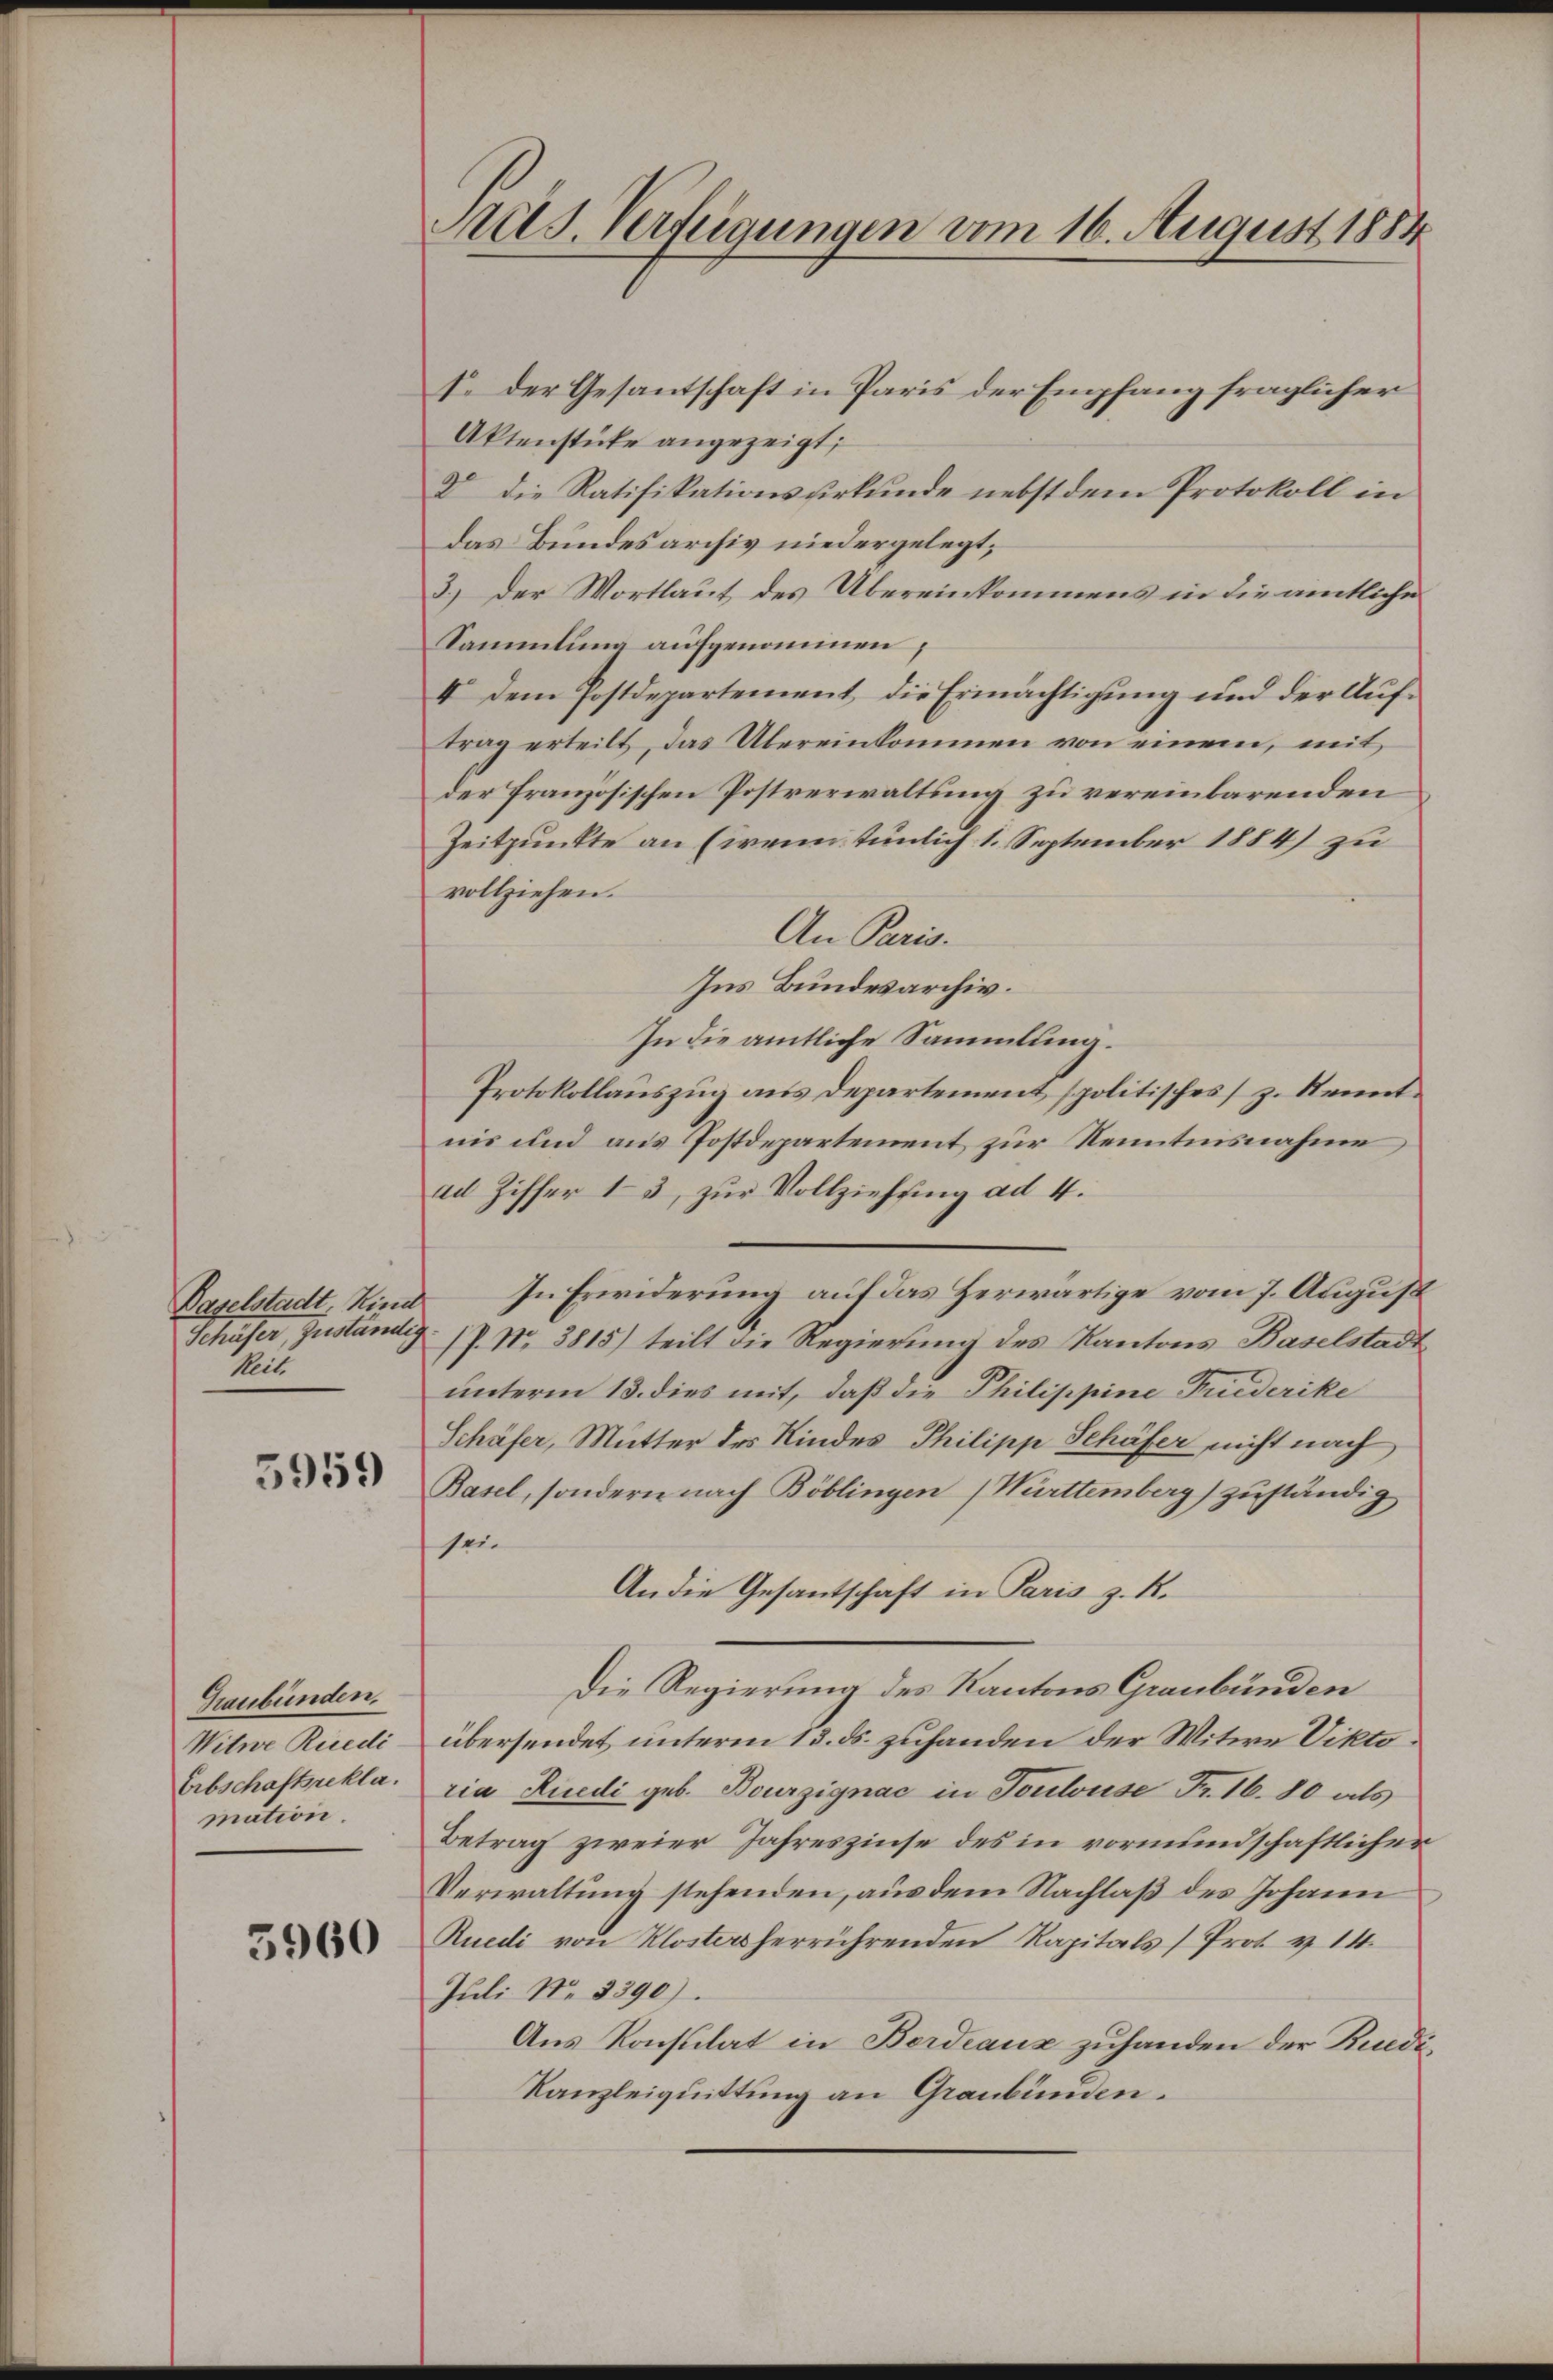
Baselstadt, Nina
Schäfer, zuständig
Meit

5959

Graubünden.
Witwe Riedi
Erbschaftsrekla
mation.

5960

Auts. Verfügungen vom 16. August 1884

s. der Gesantschaft in Paris der Empfang fraglicher
Aktenstücke angezeigt;
D Die Ratifikationsurkunde nebst dem Protokoll in
das Bundesarchiv niedergelegt,
3.) Der Wortlaut des Übereinkommens in die amtliche
Sammlung aufgenommen,
V Dem Postdepartement, die Ermächtigung und der Auftrag erteilt, das Übereinkommen von einem, mit
der französischen Postverwaltung zu vereinbarenden
Zeitpunkte an (wenn tunlich 1. September 1884) zu
vollziehen.
An Paris.
Ins Bundesarchiv.
In die amtliche Sammlung.
Protokollauszug aus Departement spolitisches) z. Kenntnis und aus Postdepartement zur Kenntnisnahme
ad Ziffer 13, zŭr Vollziehŭng ad 4.
In Erwiderung auf das Herwärtige vom 7. August
 P. Nr. 3815) teilt die Regierung des Kantons Baselstadt
unterm 13. dies mit, daß die Philippine Friederike
Schäfer, Mutter des Kindes Philipp Schäfer nicht nach
Basel, sondern nach Böblingen Württemberg) zuständig
sei
An die Gesandtschaft in Paris z. R.
Die Regierung des Kantons Graubünden
übersendet unterm 13. ds. zuhanden der Witwe Viktoria Rüedi geb. Bourzignac in Toulouse Fr. 16. 80 als
Betrag zweier Jahreszinse des in vormundschaftlicher
Verwaltung stehenden, aus dem Nachlaß des Johann
Ruedi von Klostersherrührenden Kapitals Prot. v. 14.
Juli No 3390).
Aus Konsulat in Berdeaus zuhanden der Rudi¬
Kanzleiquittung an Graubünden.